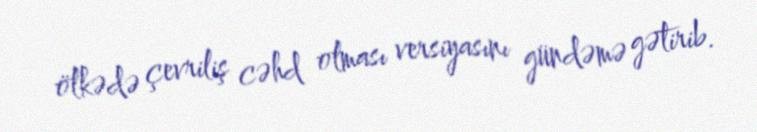
ölkədə çevriliş cəhd olması versiyasını gündəmə gətirib.